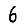
Digit: 6